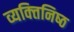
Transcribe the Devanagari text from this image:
व्यक्‍तिनिष्‍ठ